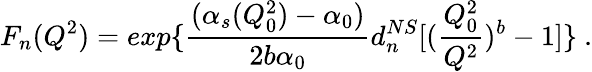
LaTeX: F_{n}(Q^{2})=exp\{ {\frac{(\alpha_{s}(Q_{0}^{2})-\alpha_{0})}{2b\alpha_{0}}}d_{n}^{NS}[({\frac{Q_{0}^{2}}{Q^{2}}})^{b}-1]\} ~.